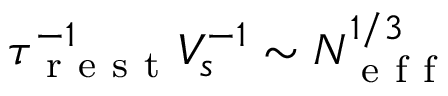
\tau _ { \mathrm { ~ r ~ e ~ s ~ t ~ } } ^ { - 1 } V _ { s } ^ { - 1 } \sim N _ { \mathrm { ~ e ~ f ~ f ~ } } ^ { 1 / 3 }